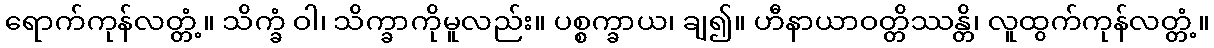
ရောက်ကုန်လတ္တံ့။ သိက္ခံ ဝါ၊ သိက္ခာကိုမူလည်း။ ပစ္စက္ခာယ၊ ချ၍။ ဟီနာယာဝတ္တိဿန္တိ၊ လူထွက်ကုန်လတ္တံ့။